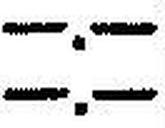
—.—